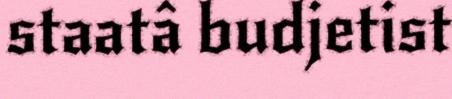
staatâ budjetist